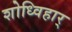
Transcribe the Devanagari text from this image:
शोध्विहार्